342_HS1-416511228_319.1 Flying Discs 1949
Agency: Department of War
Incident date: 1/9/50
Page 100
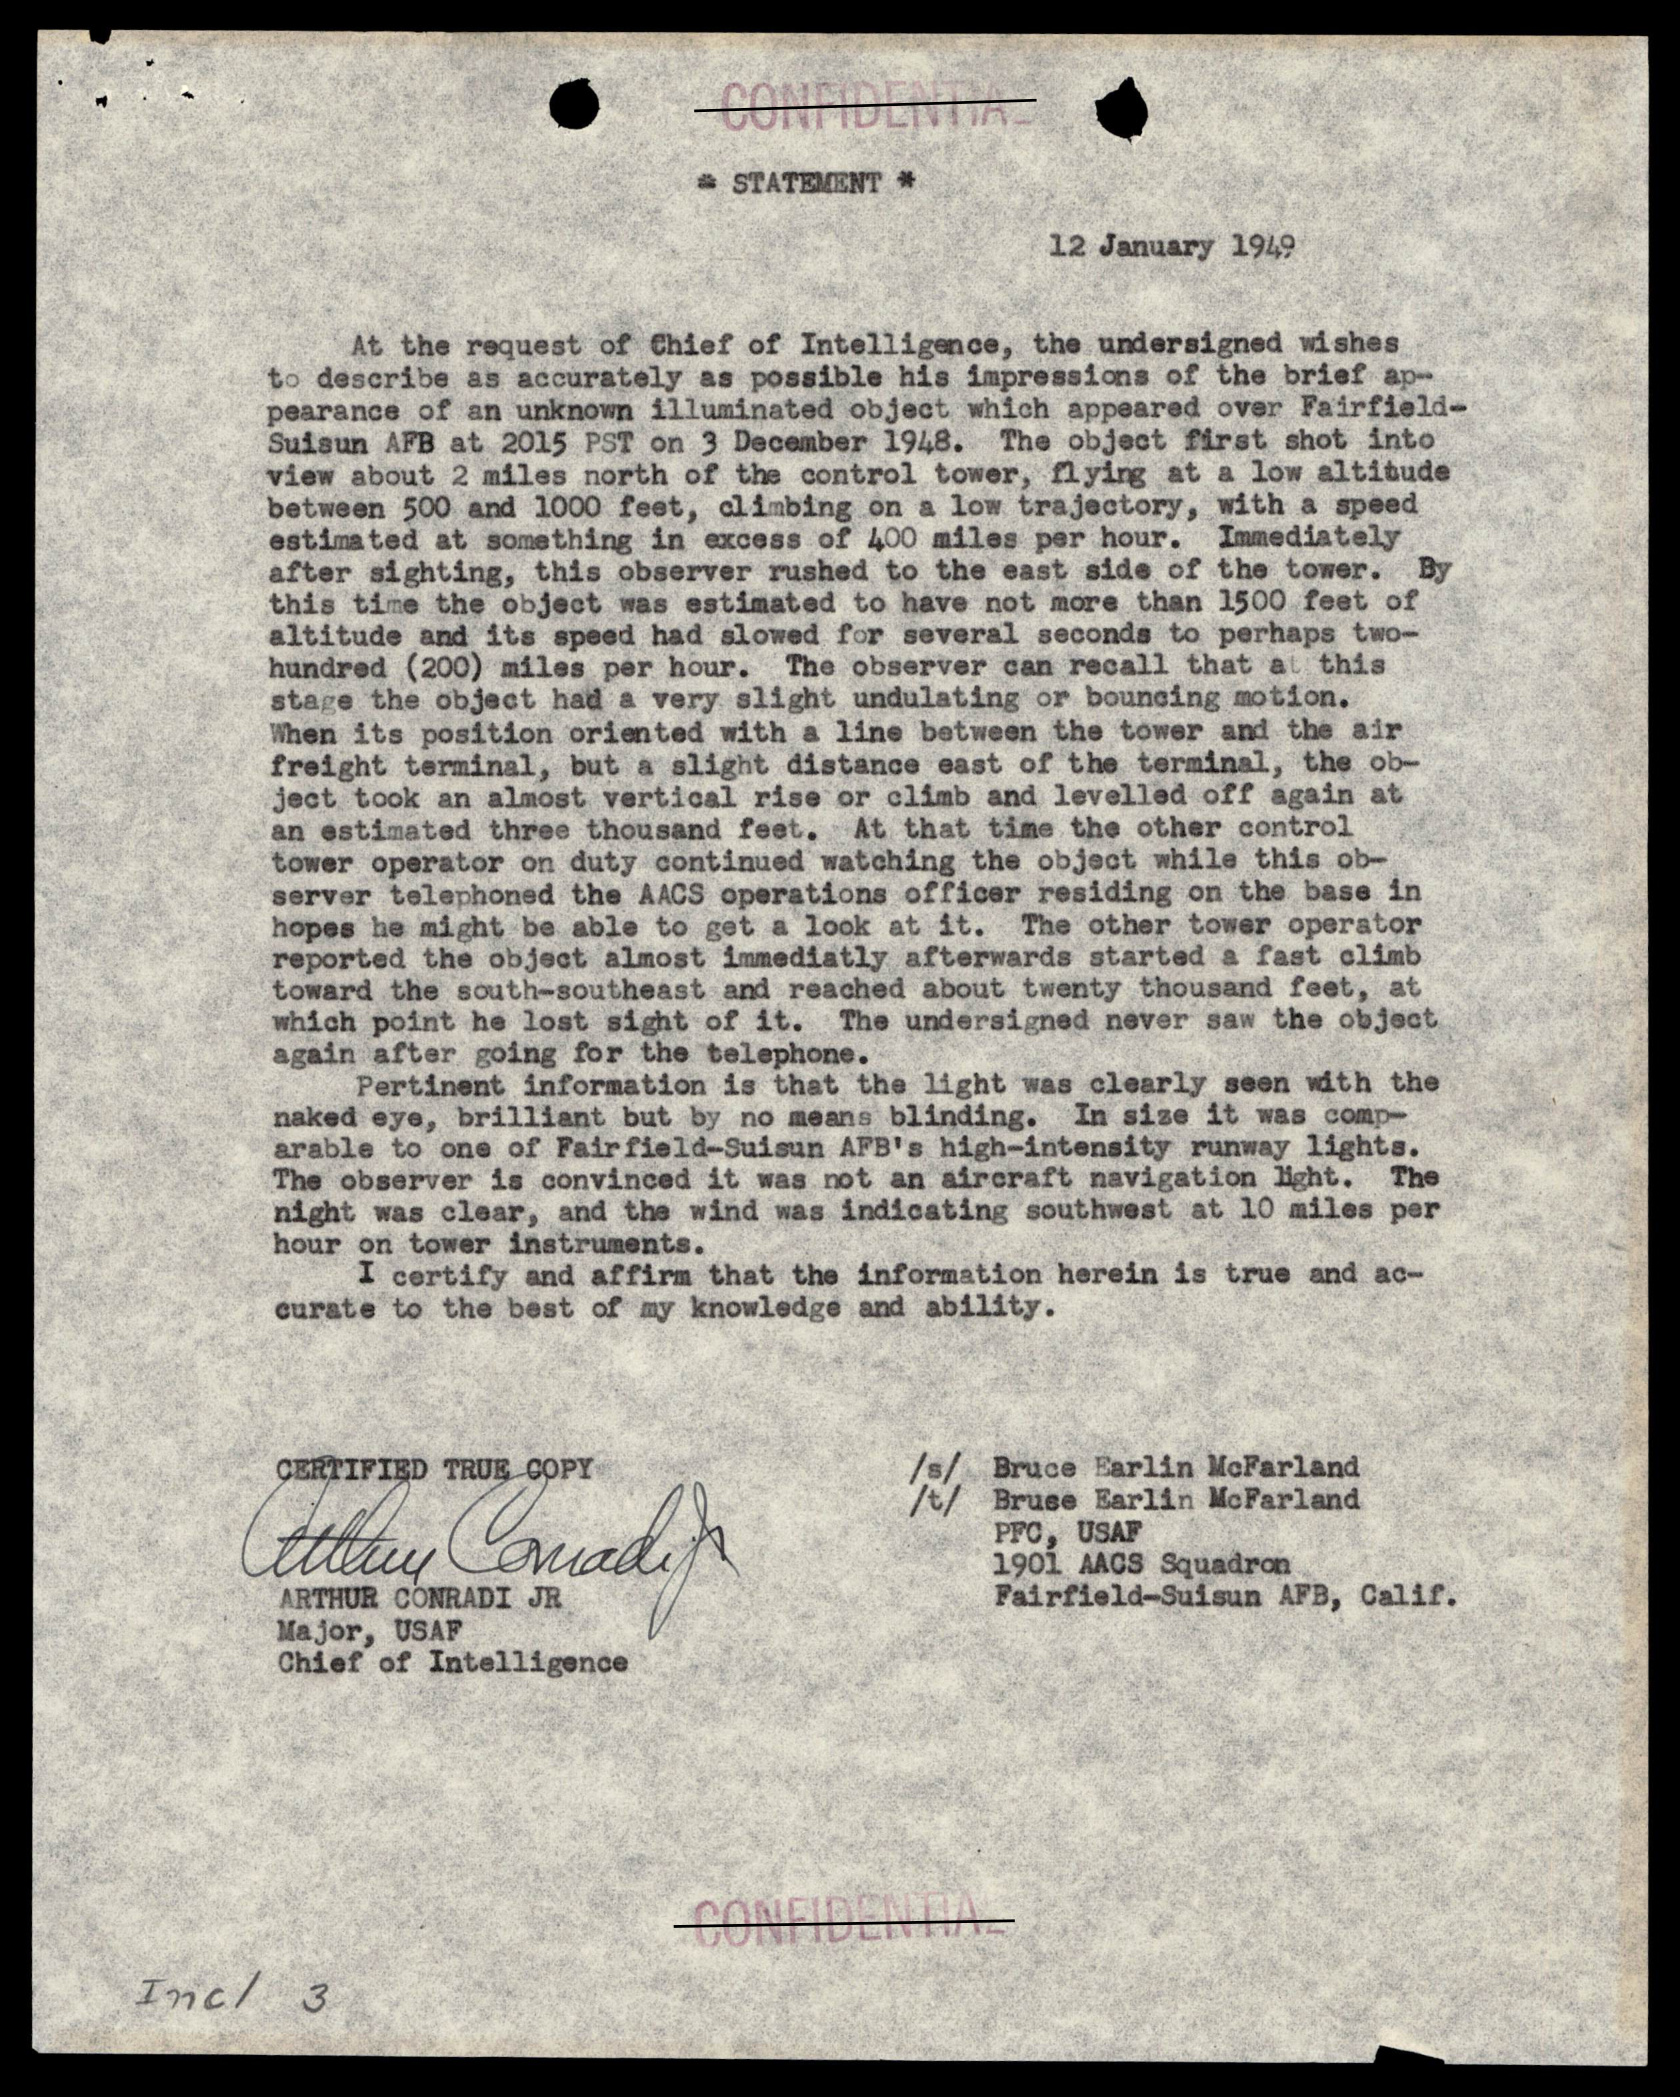